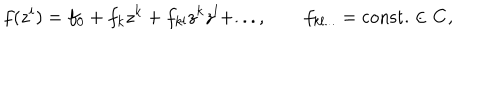
LaTeX: f ( z ^ { i } ) = f _ { 0 } + f _ { k } z ^ { k } + f _ { k l } z ^ { k } z ^ { l } + . . . , \qquad f _ { k l . . . } = \mathrm { c o n s t . } \in { \bf C } ,